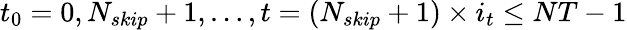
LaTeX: t_{0}=0,N_{skip}+1,\ldots,t=(N_{skip}+1)\times i_{t}\le NT-1